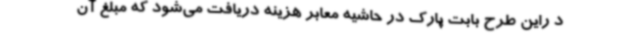
د راین طرح بابت پارک در حاشیه معابر هزینه دریافت می‌شود که مبلغ آن